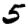
Digit: 5